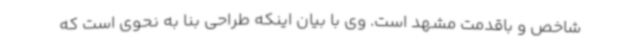
شاخص و باقدمت مشهد است. وی با بیان اینکه طراحی بنا به نحوی است که